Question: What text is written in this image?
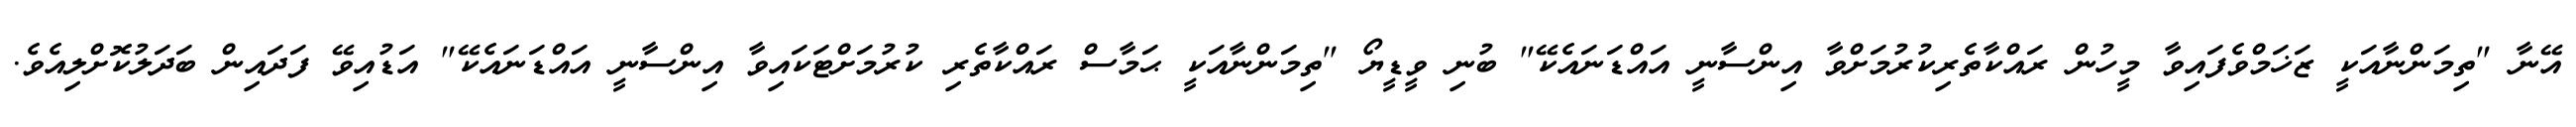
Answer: އޭނާ "ތިމަންނާއަކީ ޒަޚަމްވެފައިވާ މީހުން ރައްކާތެރިކުރުމަށްވާ އިންސާނީ އައްޑަނައެކޭ" ބުނި ވީޑީޔޯ "ތިމަންނާއަކީ ޙަމާސް ރައްކާތެރި ކުރުމަށްޓަކައިވާ އިންސާނީ އައްޑަނައެކޭ" އަޑުއިވޭ ފަދައިން ބަދަލުކޮށްލިއެވެ.